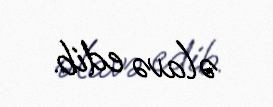
əlavə edib.